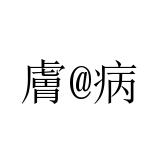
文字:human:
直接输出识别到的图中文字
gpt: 膚@病